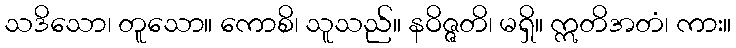
သဒိသော၊ တူသော။ ကောစိ၊ သူသည်။ နဝိဇ္ဇတိ၊ မရှိ။ ဣတိအတံ၊ ကား။